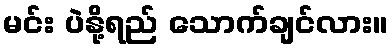
မင်း ပဲနို့ရည် သောက်ချင်လား။